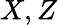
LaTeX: X,Z